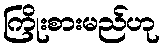
ကြိုးစားမည်ဟု